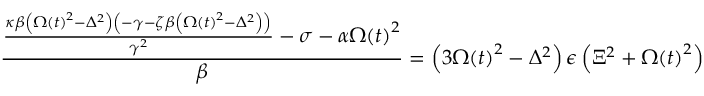
\frac { \frac { \kappa \beta \left( \Omega \left( t \right) ^ { 2 } - \Delta ^ { 2 } \right) \left( - \gamma - \zeta \beta \left( \Omega \left( t \right) ^ { 2 } - \Delta ^ { 2 } \right) \right) } { \gamma ^ { 2 } } - \sigma - \alpha \Omega \! \left( t \right) ^ { 2 } } { \beta } = \left( 3 \Omega \! \left( t \right) ^ { 2 } - \Delta ^ { 2 } \right) \epsilon \left( \Xi ^ { 2 } + \Omega \! \left( t \right) ^ { 2 } \right)